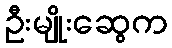
ဦးမျိုးဆွေက